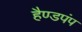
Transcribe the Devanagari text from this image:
हैण्डपंप